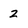
Character: 2